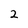
Character: 2